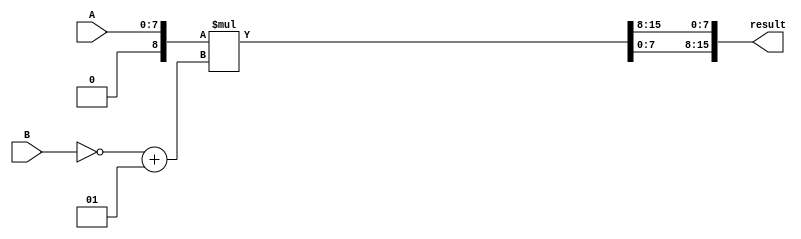
module booth_encoder (
    input wire signed [7:0] A,
    input wire signed [7:0] B,
    output reg signed [15:0] result
);

reg signed [15:0] P;
reg signed [7:0] B_neg;
reg signed [15:0] A_extended;

assign B_neg = ~B + 1;
assign A_extended = {8'b0, A};

always @(*) begin
    P = A_extended * B_neg;
    result = {P[15], P[7:0], P[15:8]};
end

endmodule